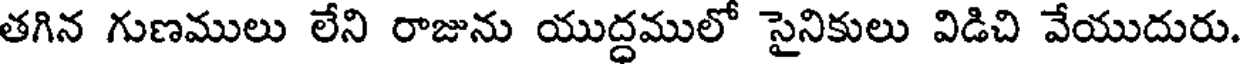
తగిన గుణములు లేని రాజును యుద్ధములో సైనికులు విడిచి వేయుదురు.